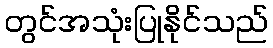
တွင်အသုံးပြုနိုင်သည်